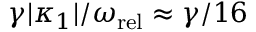
\gamma | \kappa _ { 1 } | / \omega _ { \mathrm { r e l } } \approx \gamma / 1 6